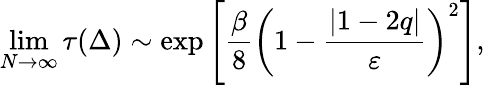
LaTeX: \operatorname*{lim}_{N\to\infty}\tau(\Delta)\sim\mathrm{exp}\left[\frac{\beta}{8}\left(1-\frac{|1-2q|}{\varepsilon}\right)^{2}\right],